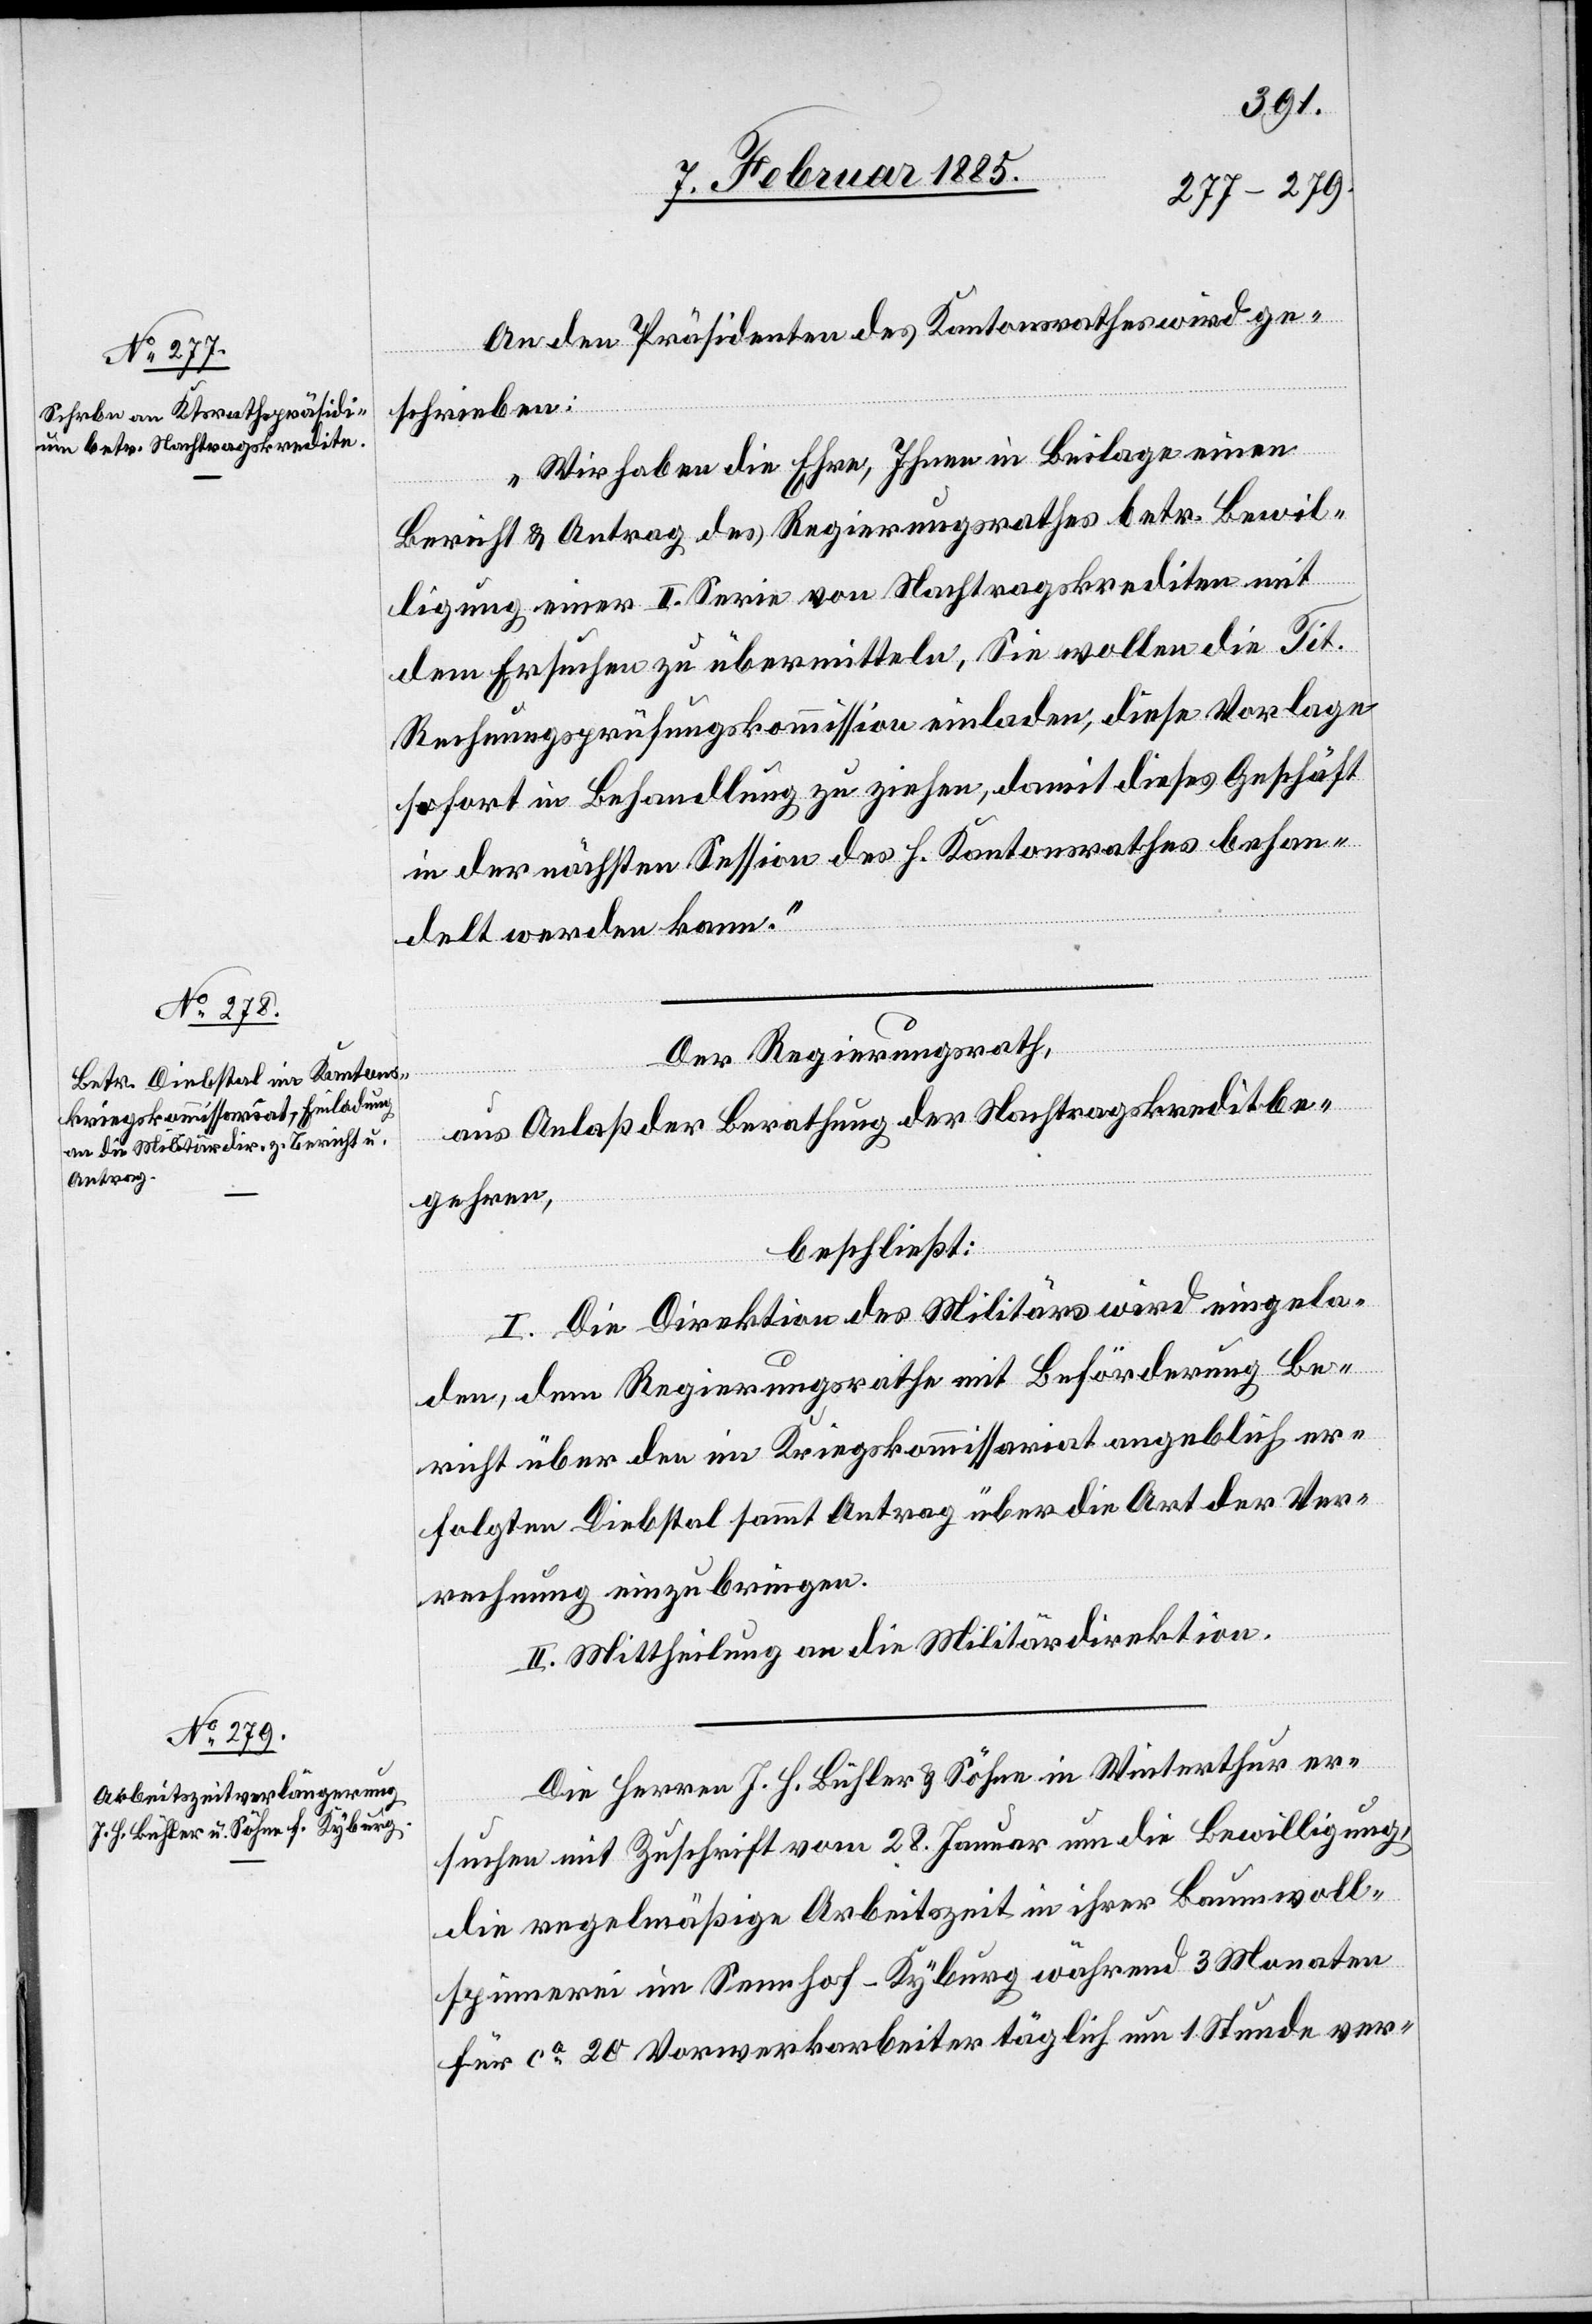
An den Präsidenten des Kantonsrathes wird ge¬
schrieben:
„Wir haben die Ehre, Ihnen in Beilage einen
Bericht & Antrag des Regierungsrathes betr. Bewil¬
ligung einer II. Serie von Nachtragskrediten mit
dem Ersuchen zu übermitteln, Sie wollen die Tit.
Rechnungsprüfungskommission einladen, diese Vorlage
sofort in Behandlung zu ziehen, damit dieses Geschäft
in der nächsten Session des h. Kantonsrathes behan¬
delt werden kann.“
Der Regierungsrath,
aus Anlaß der Berathung der Nachtragskreditbe¬
gehren,
beschließt:
I. Die Direktion des Militärs wird eingela¬
den, dem Regierungsrathe mit Beförderung Be¬
richt über den im Kriegskommissariat angeblich er¬
folgten Diebstahl sammt Antrag über die Art der Ver¬
rechnung einzubringen.
II. Mittheilung an die Militärdirektion.
Die Herren J. J. Bühler & Söhne in Winterthur er¬
suchen mit Zuschrift vom 28. Januar um die Bewilligung,
die regelmäßige Arbeitszeit in ihrer Baumwoll¬
spinnerei im Sennhof - Kyburg während 3 Monaten
für ca 20 Vorwerkarbeiter täglich um 1 Stunde ver-